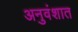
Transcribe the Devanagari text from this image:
अनुवंशात